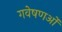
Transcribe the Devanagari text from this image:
गवेषणओं